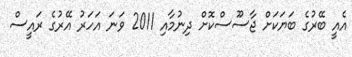
އެއީ ބޭރުގެ ބަޔަަކަށް ޖާސޫސްކޮށް ދިނުމާއި 2011 ވަނަ އަހަރު އޭރުގެ ރައީސް